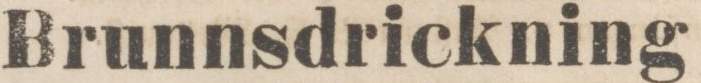
Brunnsdrickning